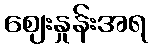
ဈေးနှုန်းအရ